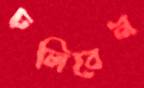
ঢলিবেন